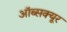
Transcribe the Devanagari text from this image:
ऑब्सक्यूर